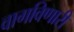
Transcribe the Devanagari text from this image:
वागविणारी